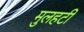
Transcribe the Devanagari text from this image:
मुलहटी